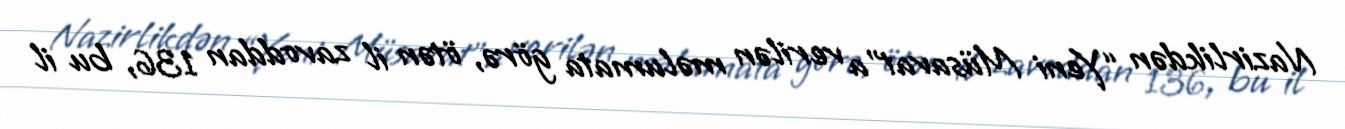
Nazirlikdən “Yeni Müsavat”a verilən məlumata görə, ötən il zavoddan 136, bu il